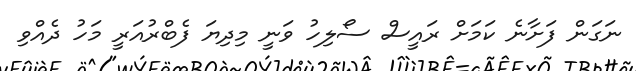
ނަގަން ފަށާނެ ކަމަށް ރައީސް ސޯލިހު ވަނީ މިދިޔަ ފެބްރުއަރީ މަހު ދެއްވި